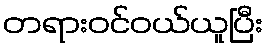
တရားဝင်ဝယ်ယူပြီး